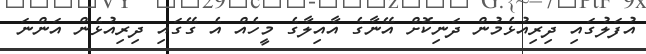
އުފަލުގައި ދިރިއުޅެމުން ދަނިކޮށް އޭނާގެ އާއިލާގެ މީހެއް އެ ގޭގައި ދިރިއުޅެން އަންނަ